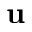
{ \bf u }